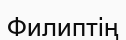
Филиптің